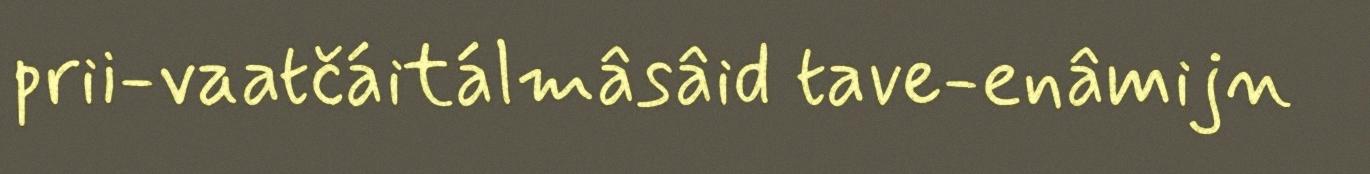
prii-vaatčáitálmâsâid tave-enâmijn